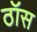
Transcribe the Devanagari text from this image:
ठॉस